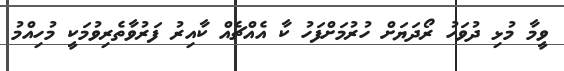
ވީމާ މުޅި ދުވަހު ރޯދަޔަށް ހުރުމަށްފަހު ކާ އެއްޗެއް ކާއިރު ފަރުވާތެރިވުމަކީ މުހިއްމު